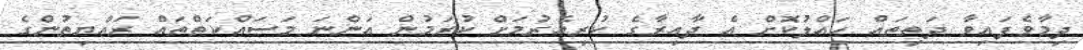
ދިމާވެފައިވާ ދަތިތައް ހައްލުކޮށް އެ ދާއިރާގެ ކުރިއެރުމަށް ކުރަމުން އަންނަ މަސައްކަތްތައް ރައްޔިތުންގެ